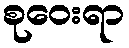
စုဝေးရာ